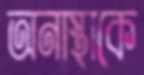
অনাস্থাকে